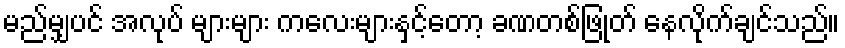
မည်မျှပင် အလုပ် များများ ကလေးများနှင့်တော့ ခဏတစ်ဖြုတ် နေလိုက်ချင်သည်။